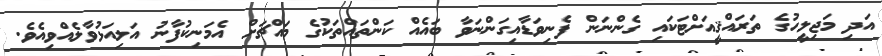
އަދި މަޖިލީހުގެ ތަރައްޤީއަށްޓަކައި ގެންނަން ފެނިވަޑާއިގަންނަވާ ބައެއް ކަންތައްތަކުގެ މައްޗަށް އެމަނިކުފާނު އަލިއަޅުވާލެއްވިއެވެ.